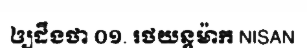
ឲ្យដឹងថា ០១. រថយន្តម៉ាក NISAN